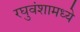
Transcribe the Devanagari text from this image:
रघुवंशामध्ये